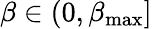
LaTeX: \beta\in(0,\beta_{\operatorname*{max}}]